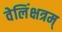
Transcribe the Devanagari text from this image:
वेलिंक्षत्रम्